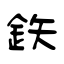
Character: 鉃